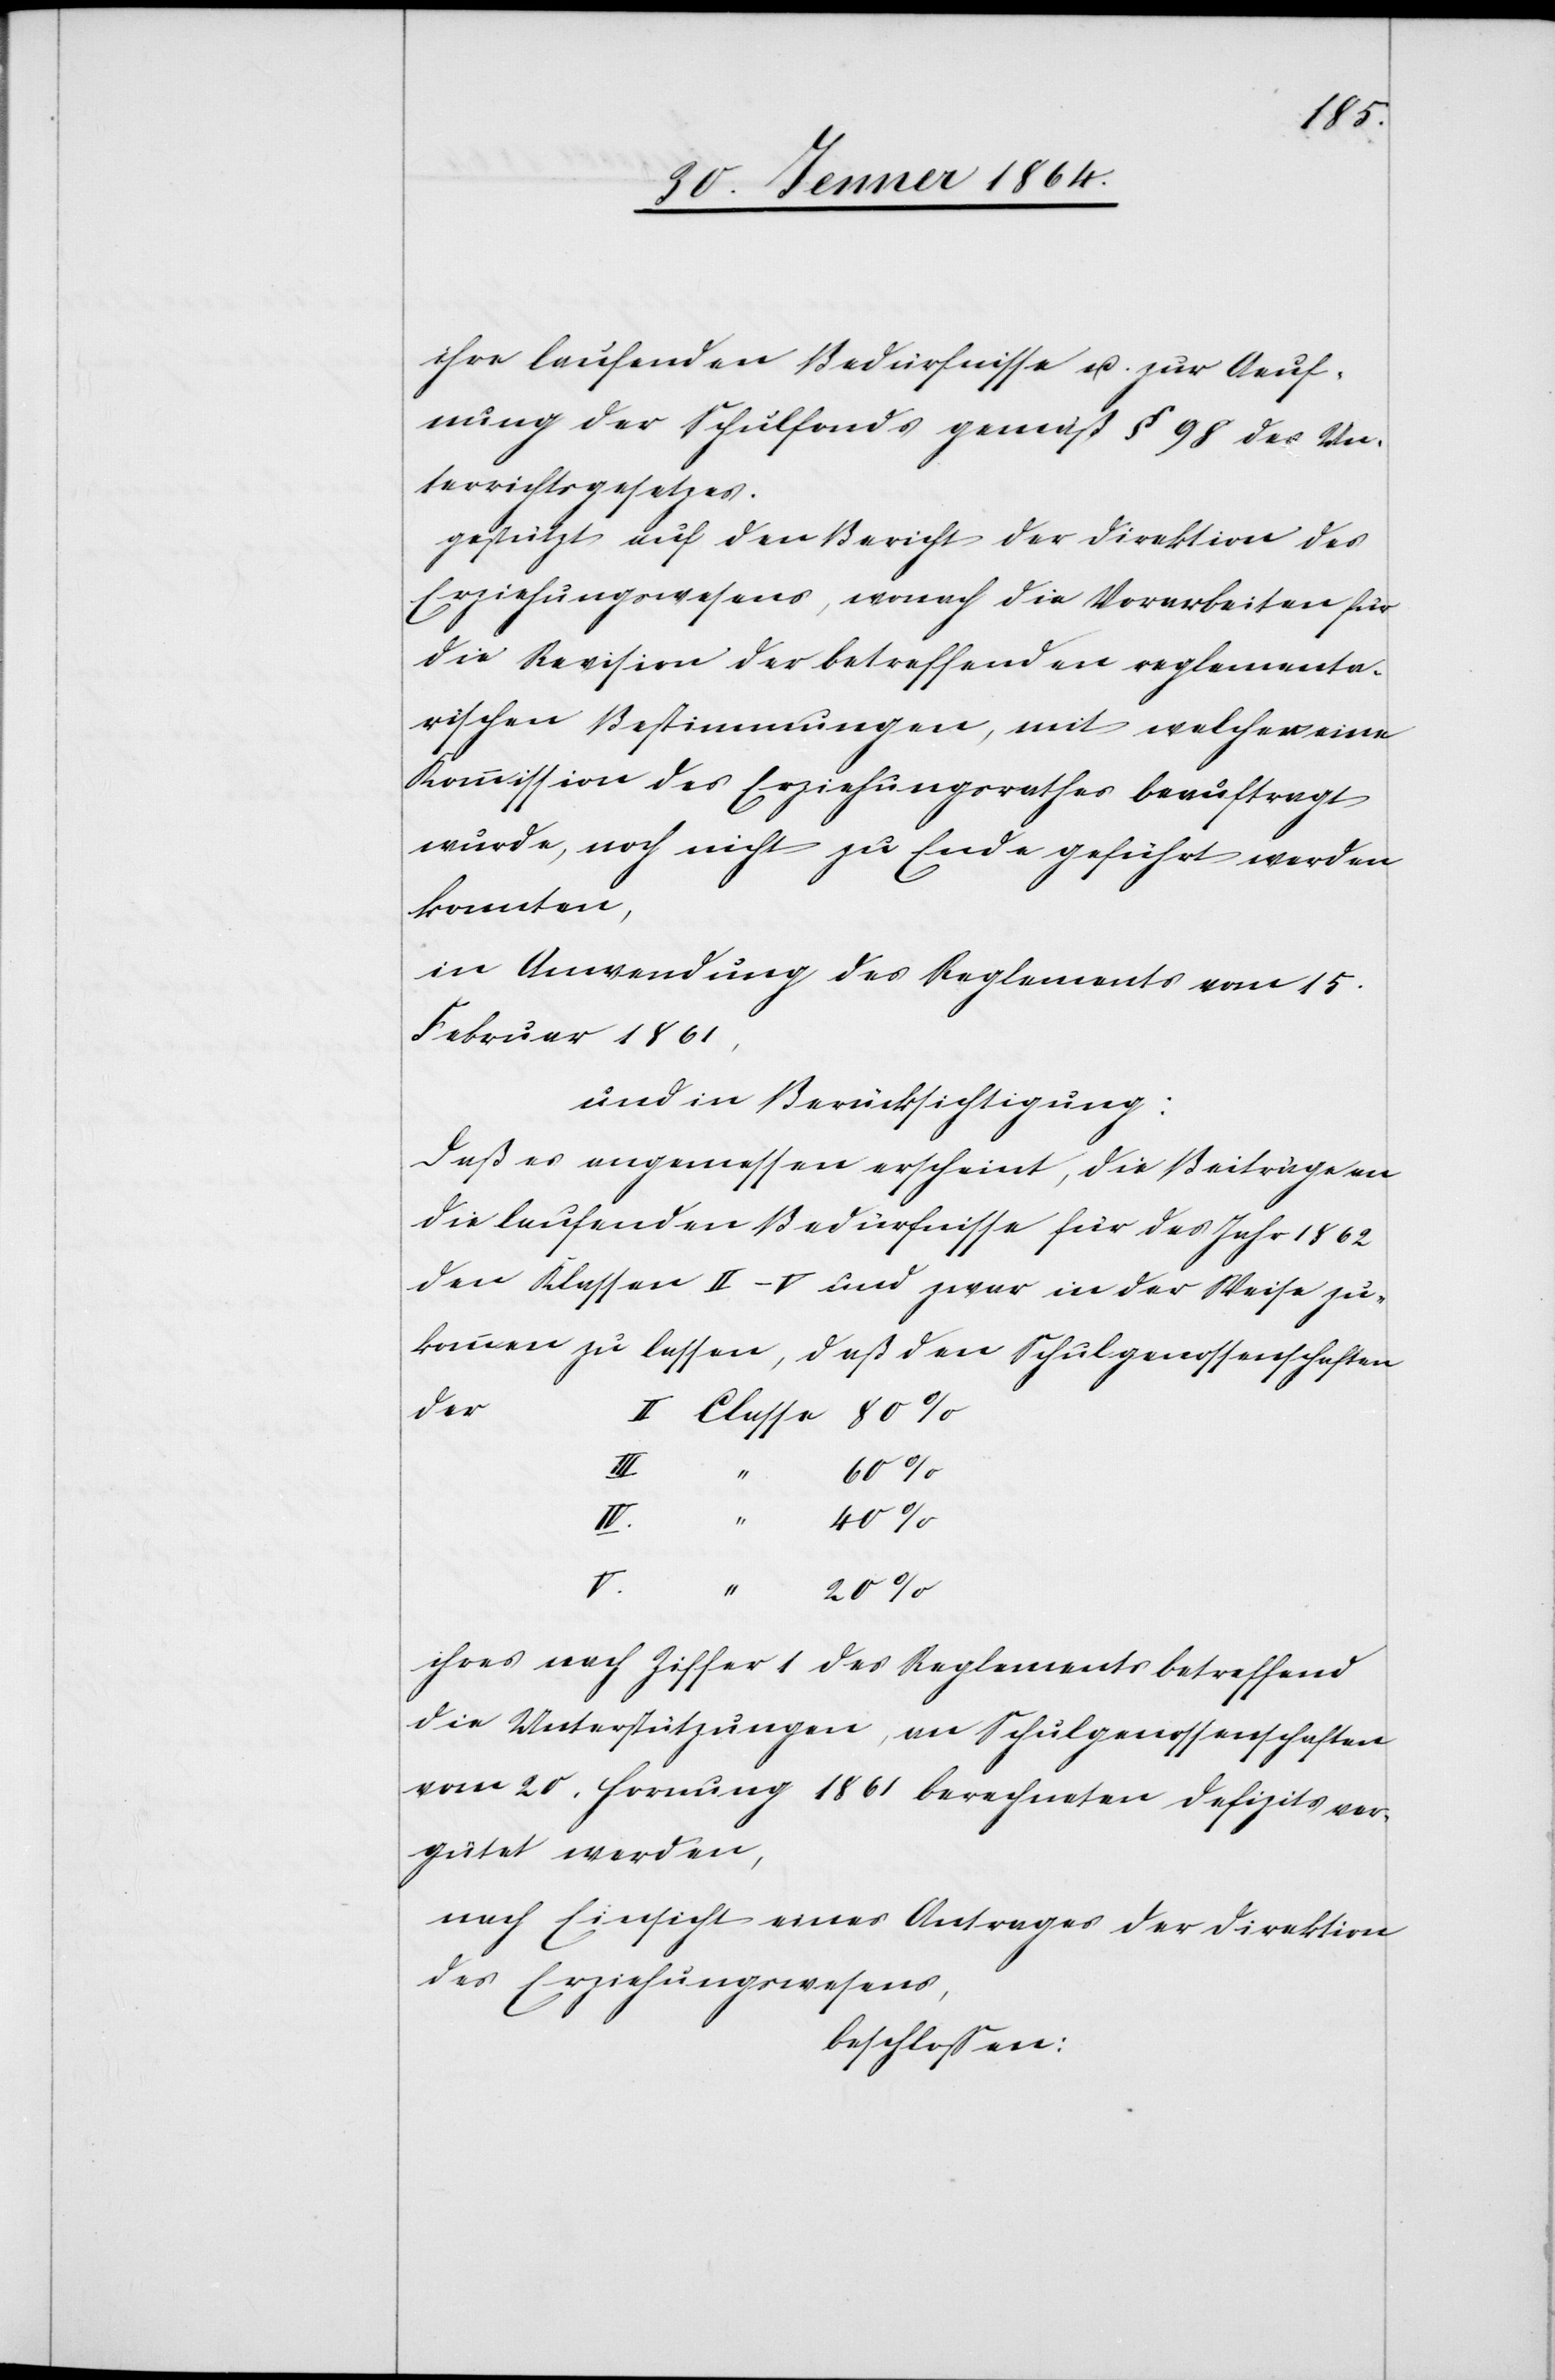
ihre laufenden Bedürfnisse u. zur Aeuf¬
nung der Schulfonds gemäß § 98 des Un¬
terrichtsgesetzes.
gestützt auf den Bericht der Direktion des
Erziehungswesens, wonach die Vorarbeiten für
die Revision der betreffenden reglementa¬
rischen Bestimmungen, mit welchen eine
Kommission des Erziehungsrathes beauftragt
wurde, noch nicht zu Ende geführt werden
konnten,
in Anwendung des Reglements vom 15.
Februar 1861,
und in Berücksichtigung:
Daß es angemessen erscheint, die Beiträge an
die laufenden Bedürfnisse für das Jahr 1862
den Klassen II–V und zwar in der Weise zu¬
kommen zu lassen, daß den Schulgenossenschaften
ihres nach Ziffer 1 des Reglements betreffend
die Unterstützungen, an Schulgenossenschaften
vom 20. Hornung 1861 berechneten Defizits ver¬
gütet werden,
nach Einsicht eines Antrages der Direktion
des Erziehungswesens,
beschlossen: